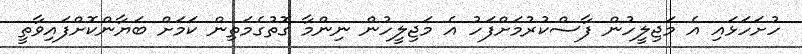
ހުށަހަޅައި އެ މަޖިލީހުން ފާސްކުރުމަށްފަހު އެ މަޖިލީހުން ނިންމާ ގޮތުގެމަތިން ކަމަށް ބަޔާންކޮށްފައިވާތީ